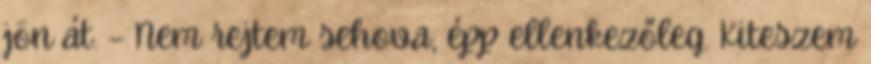
jön át. – Nem rejtem sehova, épp ellenkezőleg. Kiteszem